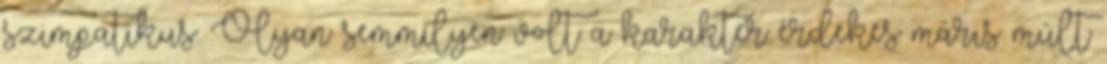
szimpatikus. Olyan semmilyen volt a karakter érdekes máris múlt